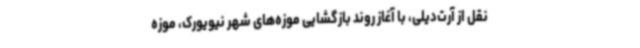
نقل از آرت‌دیلی، با آغاز روند بازگشایی موزه‌های شهر نیویورک، موزه